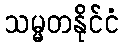
သမ္မတနိုင်ငံ